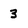
Character: 3